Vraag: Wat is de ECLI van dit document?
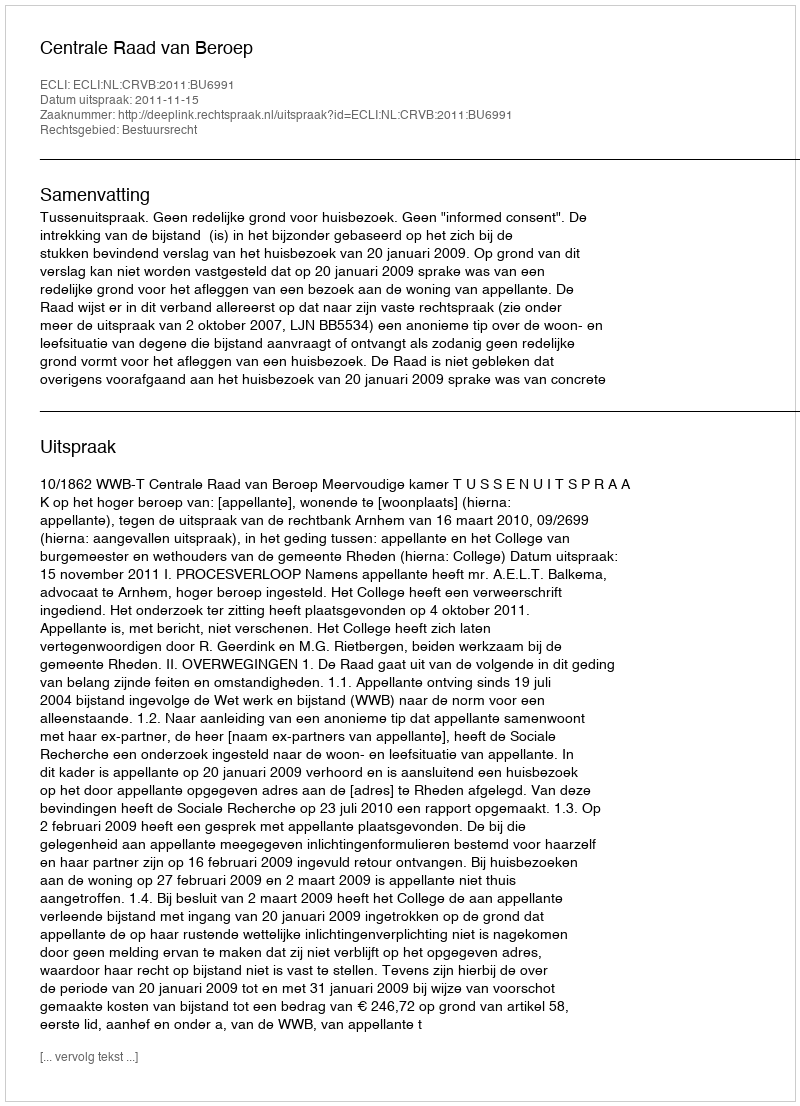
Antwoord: ECLI:NL:CRVB:2011:BU6991